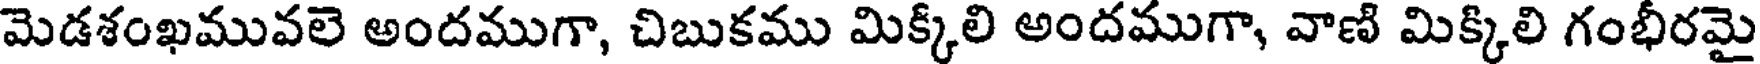
మెడశంఖమువలె అందముగా, చిబుకము మిక్కిలి అందముగా, వాణి మిక్కిలి గంభీరమై